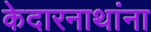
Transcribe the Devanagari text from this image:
केदारनाथांना